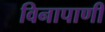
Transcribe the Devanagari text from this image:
विनापाणी